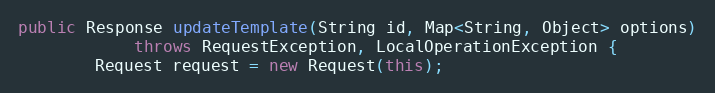
Language: Java
public Response updateTemplate(String id, Map<String, Object> options)
            throws RequestException, LocalOperationException {
        Request request = new Request(this);